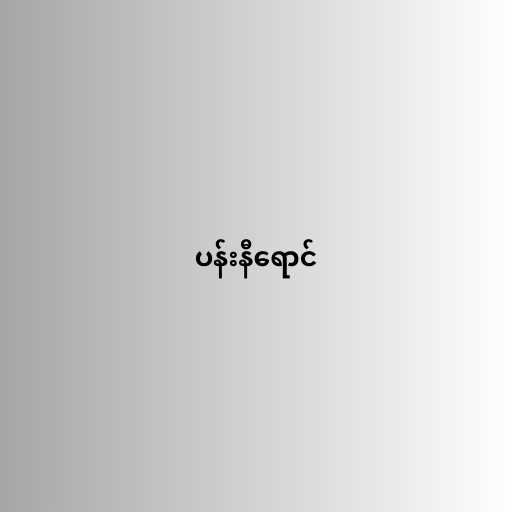
ပန်းနီရောင်